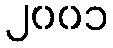
၂၀၀၁